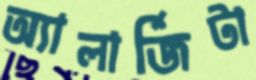
অ্যালার্জিটা